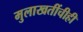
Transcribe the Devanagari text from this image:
मुलाखतींचीही